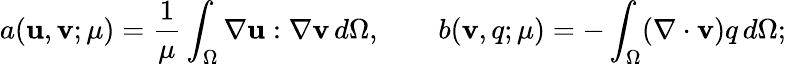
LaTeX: a(\textbf{u},\textbf{v};\mu)=\frac{1}{\mu}\int_{\Omega}\nabla\textbf{u}:\nabla\textbf{v}\, d\Omega,\qquad b(\textbf{v},q;\mu)=-\int_{\Omega}(\nabla\cdot\textbf{v})q\, d\Omega;